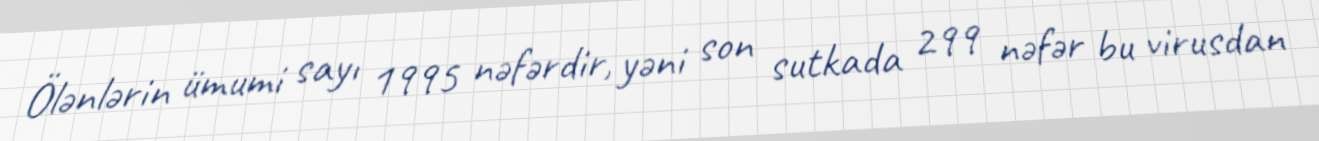
Ölənlərin ümumi sayı 1995 nəfərdir, yəni son sutkada 299 nəfər bu virusdan